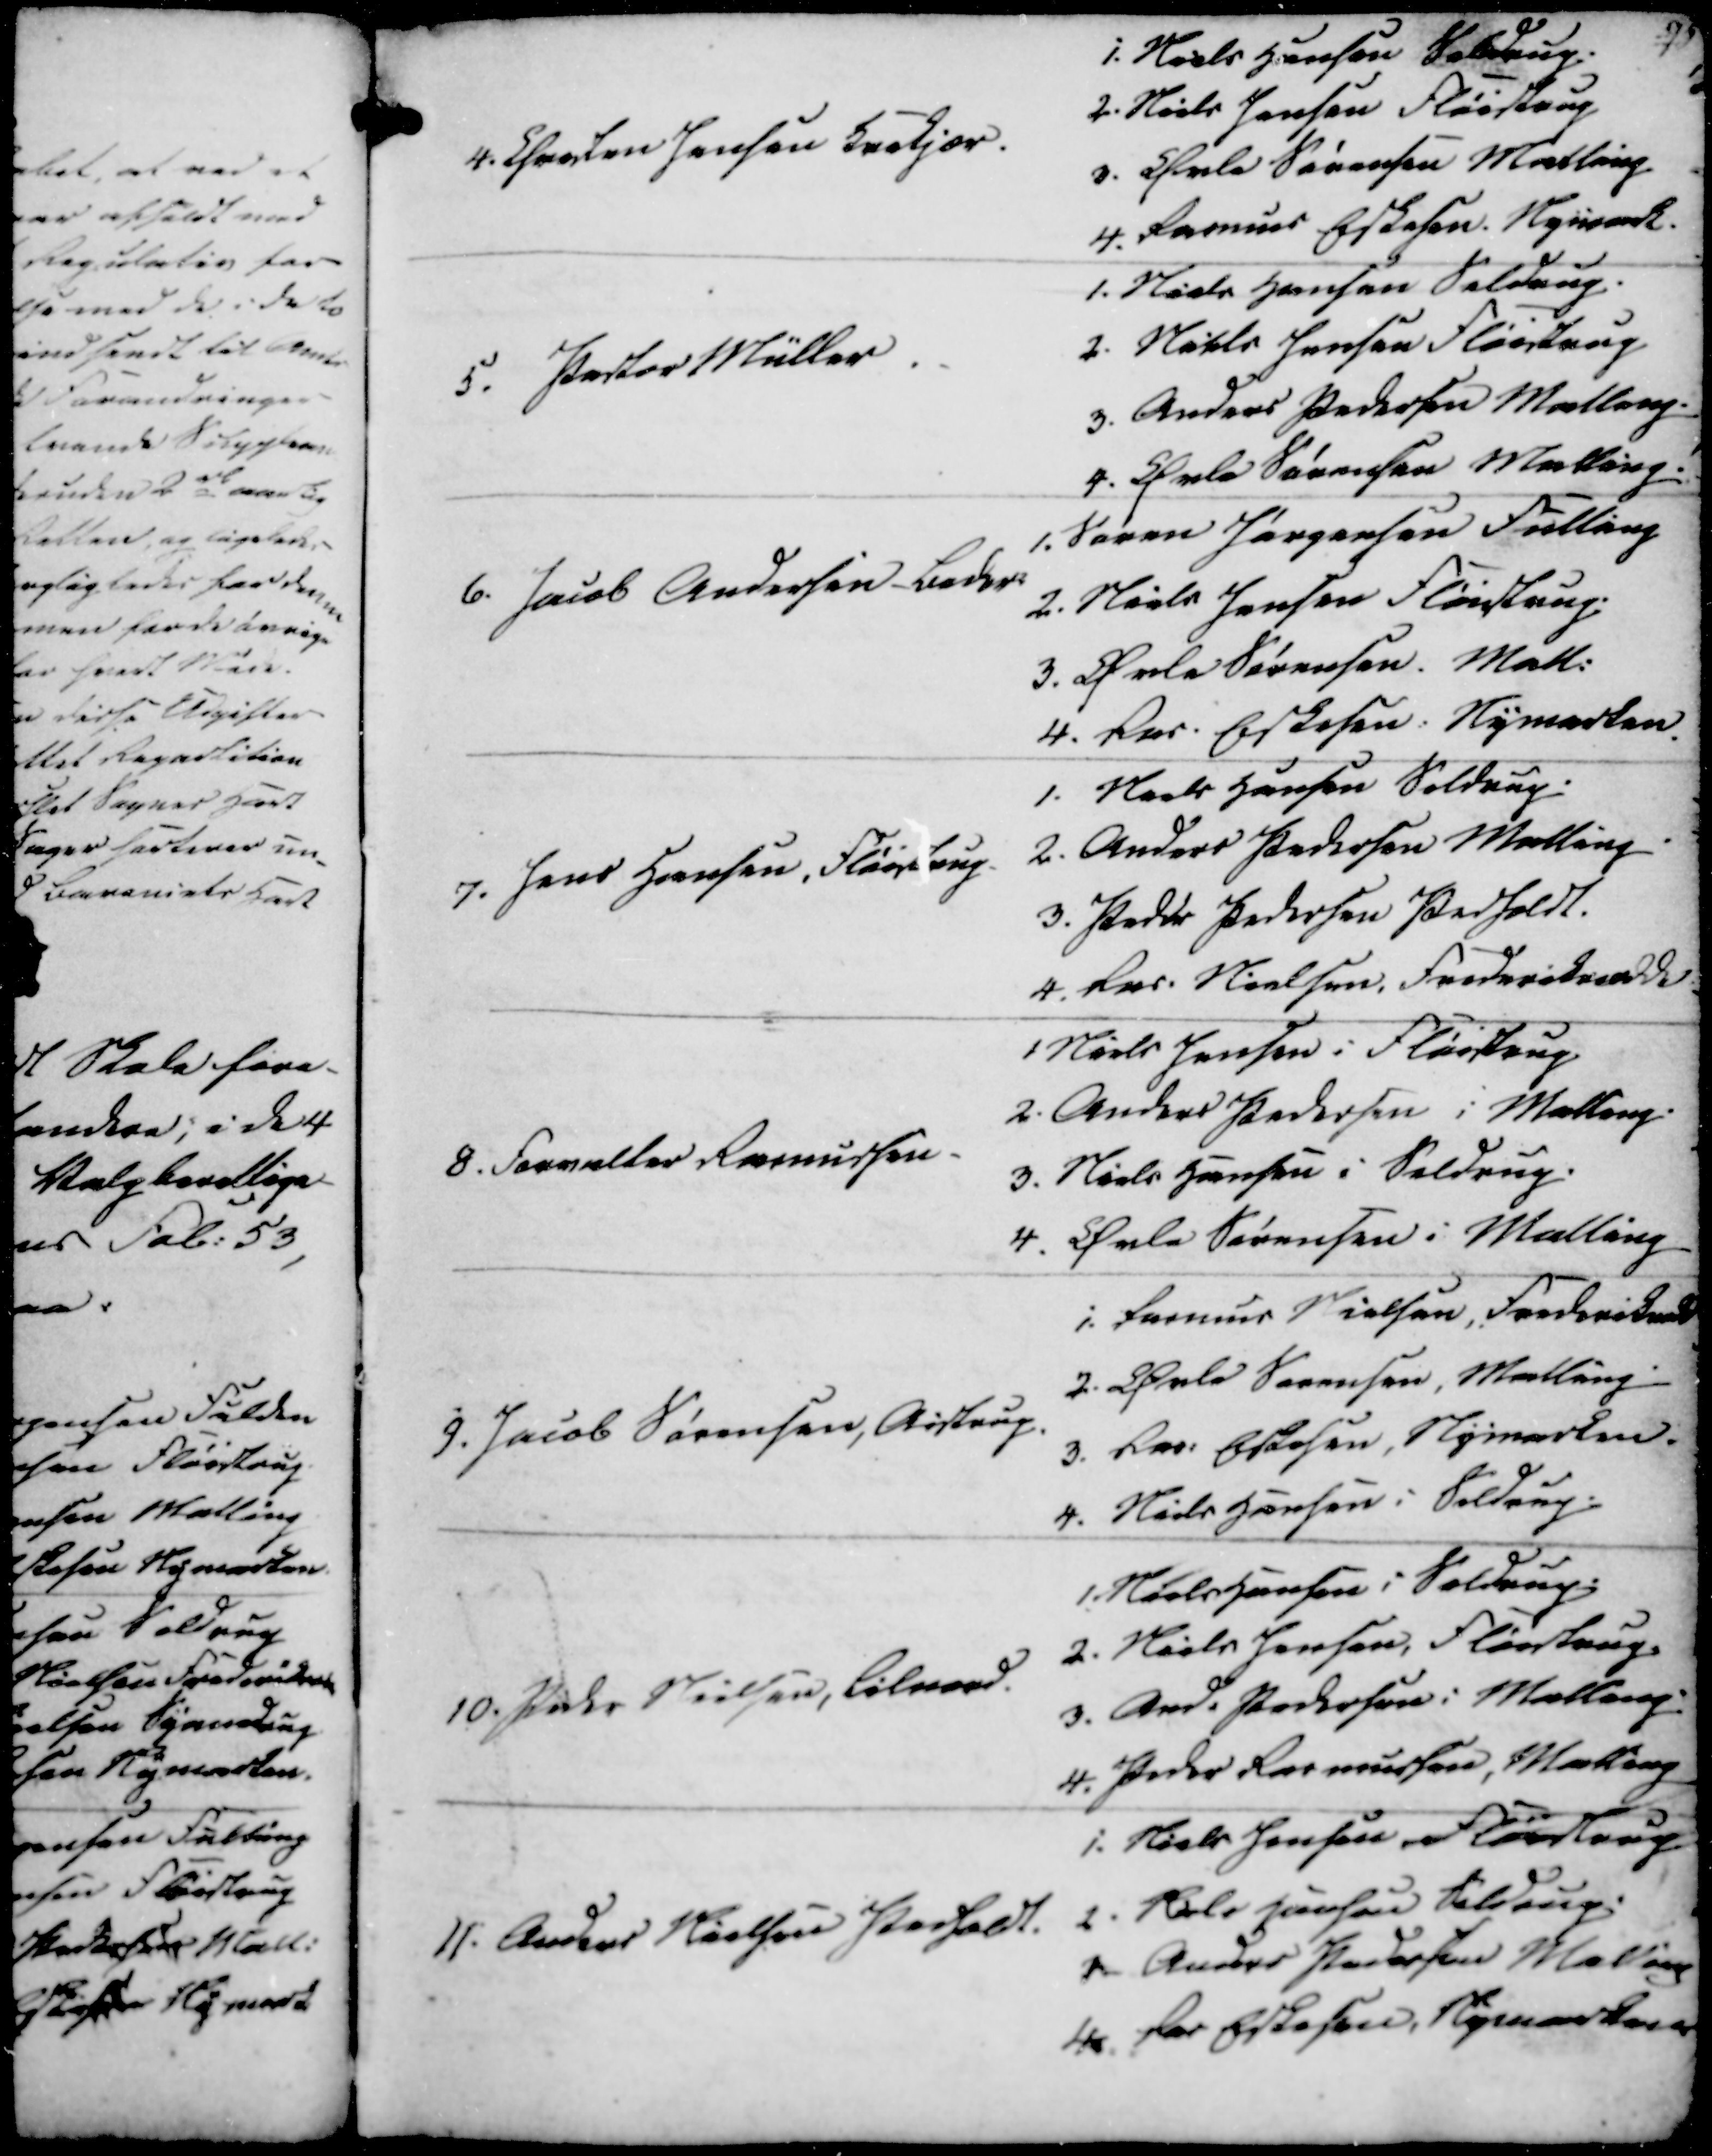
Transskription:
4. Christen Jensen Krekjær.
1. Niels Hansen Seldrup
2. Niels Jensen Fløistrup
3. Øvle Sørensen Malling
4. Rasmus Eskesen. Nymark.

5. Pastor Müller
1. Niels Hansen Seldrup.
2. Niels Jensen Fløistrup
3. Anders Pedersen Malling
4. Øvle Sørensen Malling

6. Jacob Andersen Beder
1. Søren Jørgensen Falling
2. Niels Jensen Fløistrup
3. Øvle Sørensen. Mall.
4. Ras. Eskesen. Nymarken.

7. Jens Hansen, Fløistrup
1. Niels Hansen Seldrup
2. Anders Pedersen Malling
3. Peder Pedersen Pedholdt
4. Ras. Nielsen, Frederiksodde

8. Forvalter Rasmussen
1 Niels Jensen i Fløistrup
2. Anders Pedersen i Malling
3. Niels Hansen i Seldrup.
4. Øvle Sørensen i Malling

9. Jacob Sørensen, Aistrup
1. Rasmus Nielsen, Frederiksodde
2. Øvle Sørensen, Malling
3. Ras. Eskesen, Nymarken
4. Niels Hansen i Seldrup

10. Peder Nielsen, Lilnord.
1. Niels Hansen i Seldrup
2. Niels Jensen, Fløistrup
3. And. Pedersen i Malling
4. Peder Rasmussen, Malling

11. Anders Nielsen Pedholdt
1. Niels Jensen Fløistrup
2. Niels Hansen Seldrup
3 Anders Pedersen Malling
4 Ras Eskesen Nymarken